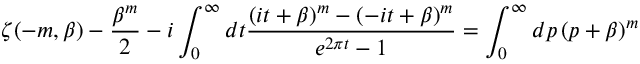
\zeta ( - m , \beta ) - { \frac { \beta ^ { m } } { 2 } } - i \int _ { 0 } ^ { \infty } d t { \frac { ( i t + \beta ) ^ { m } - ( - i t + \beta ) ^ { m } } { e ^ { 2 \pi t } - 1 } } = \int _ { 0 } ^ { \infty } d p \, ( p + \beta ) ^ { m }